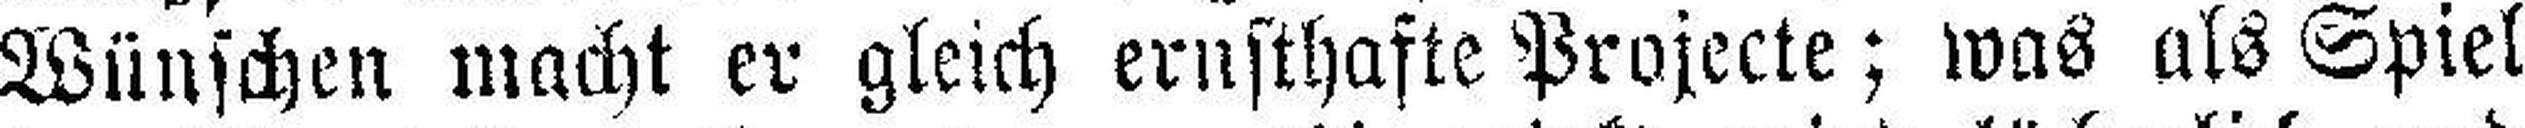
Wünschen macht er gleich ernsthafte Projecte; was als Spiel